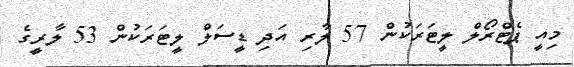
މިއީ ޕެޓްރޯލް ލީޓަރަކުން 57 ލާރި އަދި ޑީސަލް ލީޓަރަކުން 53 ލާރީގެ